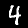
Label: 4